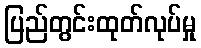
ပြည်တွင်းထုတ်လုပ်မှု